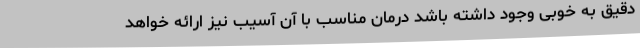
دقیق به خوبی وجود داشته باشد درمان مناسب با آن آسیب نیز ارائه خواهد